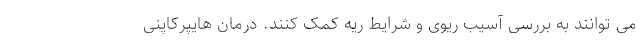
می توانند به بررسی آسیب ریوی و شرایط ریه کمک کنند. درمان هایپرکاپنی